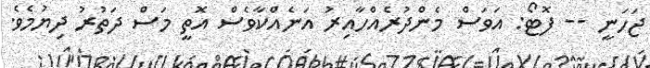
ޖަހަނީ -- ފޮޓޯ: އަވަސް މެންދުރެއްހާއިރު އަނެއްކާވެސް އޮތީ މަސް ދަތުރު ދިޔުމެވެ.